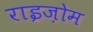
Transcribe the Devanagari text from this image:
राइज़ोम